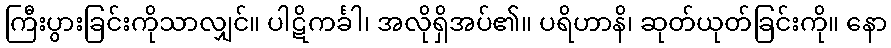
ကြီးပွားခြင်းကိုသာလျှင်။ ပါဋိကင်္ခါ၊ အလိုရှိအပ်၏။ ပရိဟာနိ၊ ဆုတ်ယုတ်ခြင်းကို။ နော